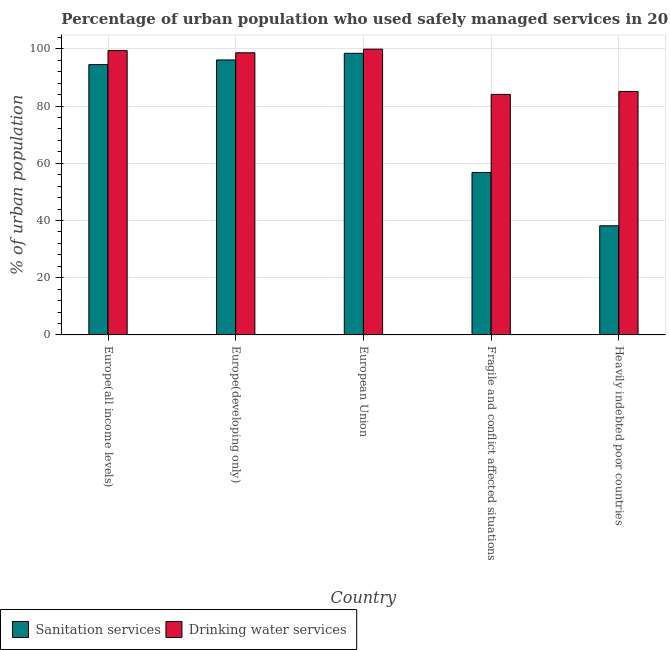
| Country | Sanitation services | Drinking water services |
 | --- | --- | --- |
 | Europe(all income levels) | 94.5 | 99.4 |
 | Europe(developing only) | 96.1 | 98.7 |
 | European Union | 98.5 | 99.9 |
 | Fragile and conflict affected situations | 56.8 | 84.1 |
 | Heavily indebted poor countries | 38.2 | 85.1 |